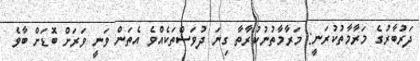
ދަރުބާރުގެ މަރާމާތުކުރަނީ: މަރާމާތުނުކުރާތާ ގިނަ ދުވަސްތަކެއްވެ އެތަން ވަނީ ވަރަށް ބޮޑަށް ބާވެ